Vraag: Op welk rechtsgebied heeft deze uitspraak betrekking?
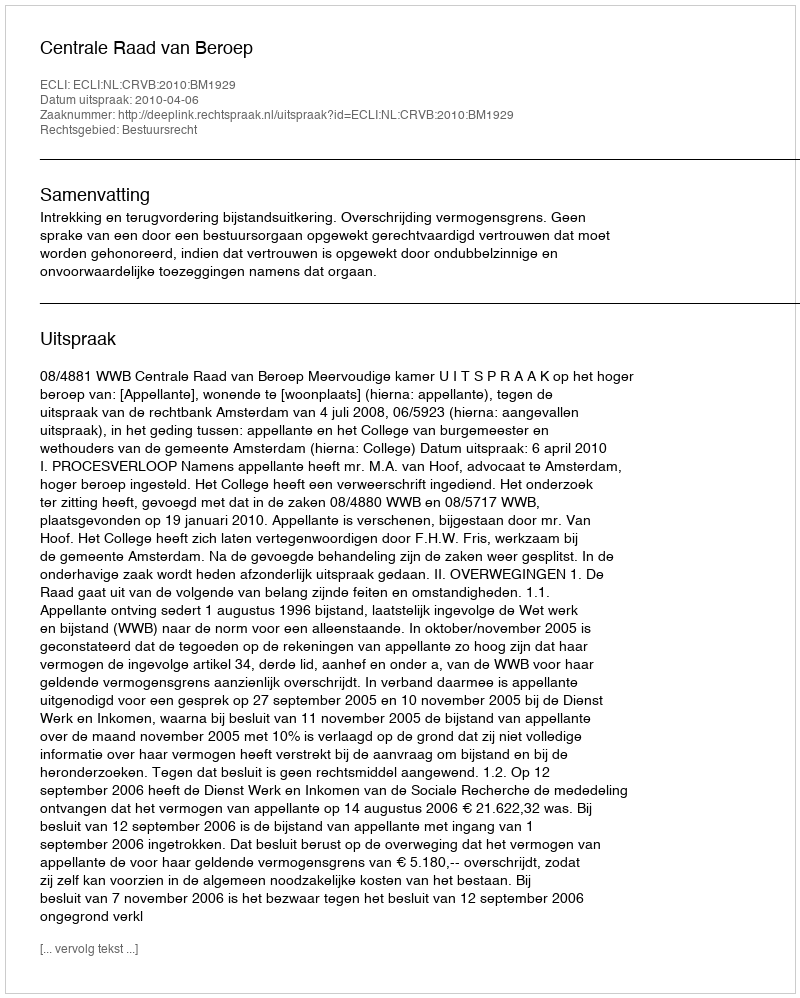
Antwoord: Bestuursrecht